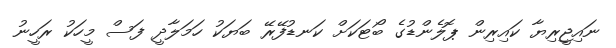
ނައިޖީރިޔާ ކައިރިން ޕޮލެންޑުގެ ބޯޓަކަށް ކަނޑުފޭރޭ ބަޔަކު ހަމަލާދީ ފަސް މީހަކު ރަހީނު